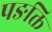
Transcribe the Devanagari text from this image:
पङक्ति